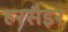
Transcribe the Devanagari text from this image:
हरसैइर